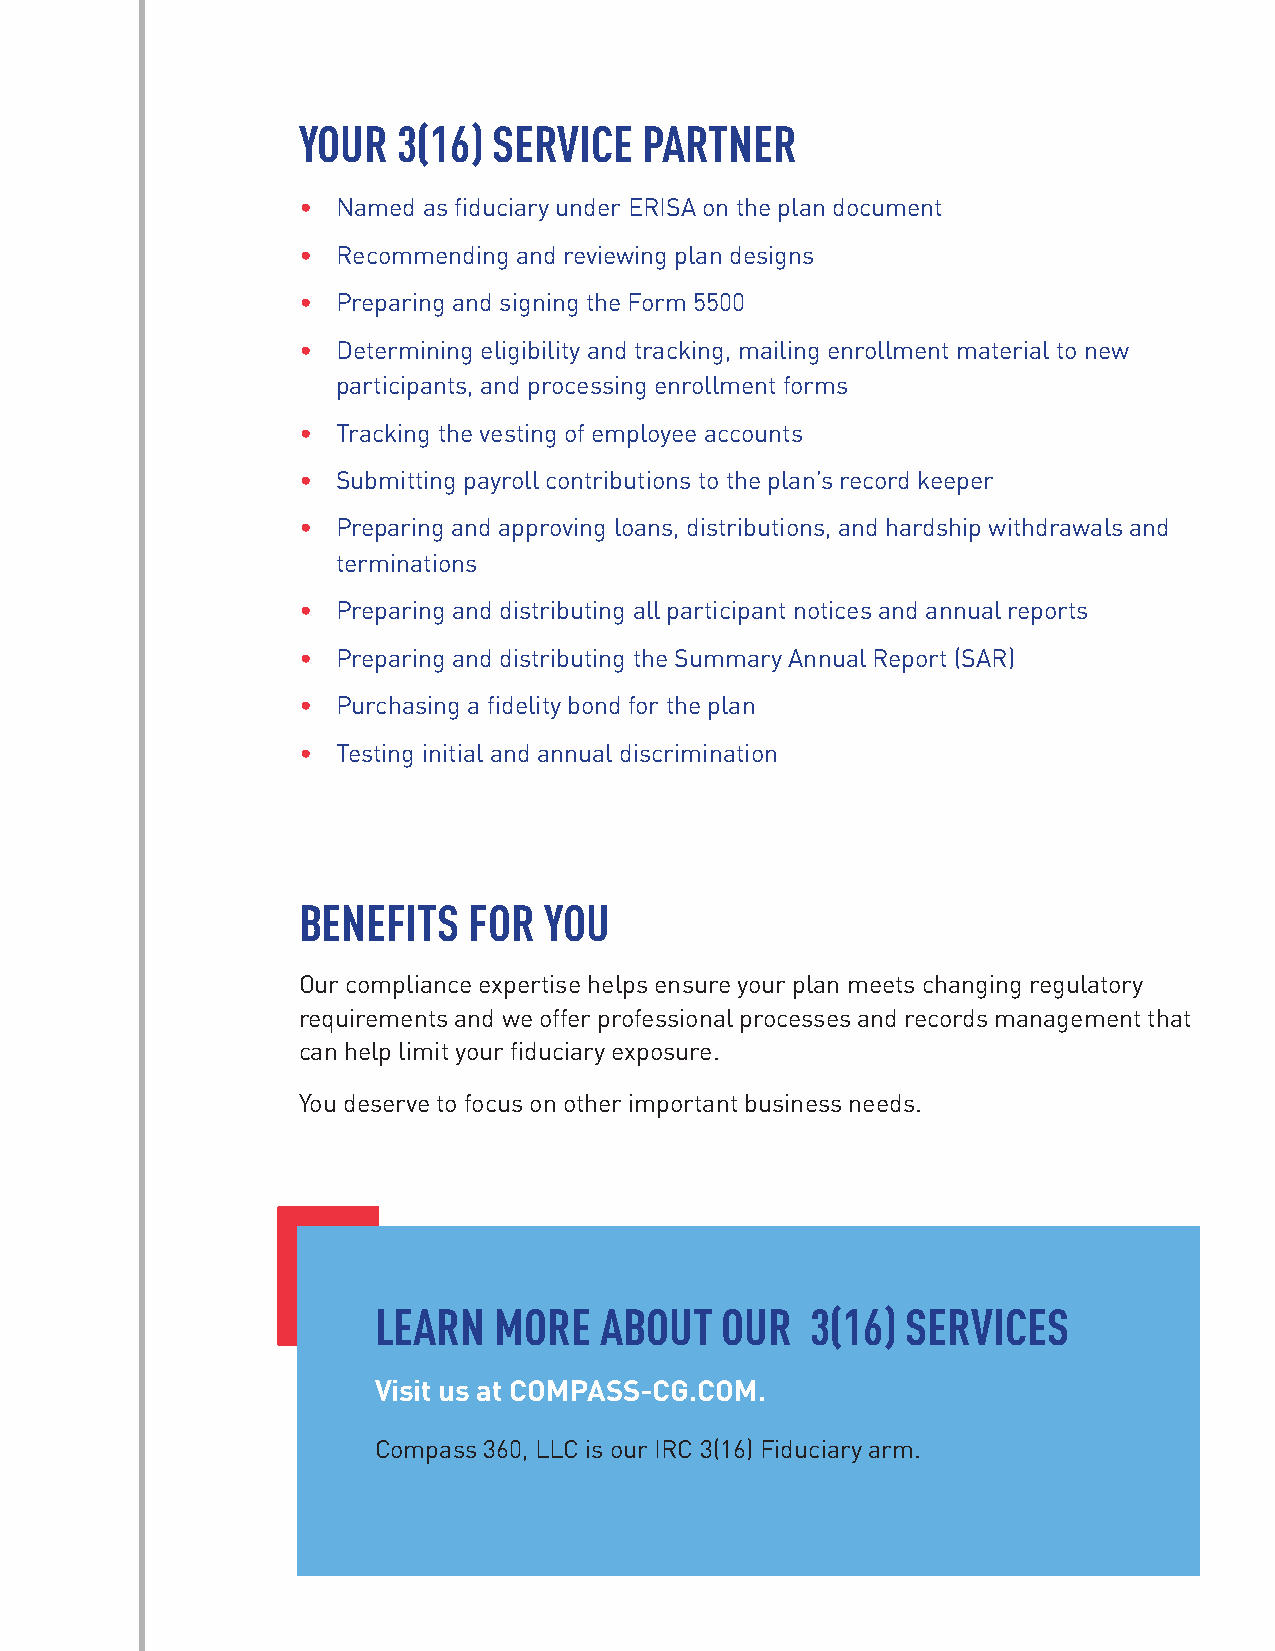
YOUR  3(16)  SERVICE   PARTNER
 • Named as fiduciary under ERISA on the plan document
 • Recommending and reviewing plan designs
 • Preparing and signing the Form 5500
 • Determining eligibility and tracking, mailing enrollment material to new
 participants, and processing enrollment forms
 • Tracking the vesting of employee accounts
 • Submitting payroll contributions to the plan’s record keeper
 • Preparing and approving loans, distributions, and hardship withdrawals and
 terminations
 • Preparing and distributing all participant notices and annual reports
 • Preparing and distributing the Summary Annual Report (SAR)
 • Purchasing a fidelity bond for the plan
 • Testing initial and annual discrimination
 BENEFITS   FOR  YOU
 Our compliance expertise helps ensure your plan meets changing regulatory
 requirements and we offer professional processes and records management that
 can help limit your fiduciary exposure.
 You deserve to focus on other important business needs.
 LEARN   MORE   ABOUT   OUR   3(16) SERVICES
 Visit us at COMPASS-CG.COM.
 Compass 360, LLC is our IRC 3(16) Fiduciary arm.